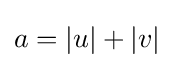
a=|u|+|v|